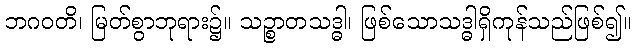
ဘဂဝတိ၊ မြတ်စွာဘုရား၌။ သဉ္စာတသဒ္ဓါ၊ ဖြစ်သောသဒ္ဓါရှိကုန်သည်ဖြစ်၍။